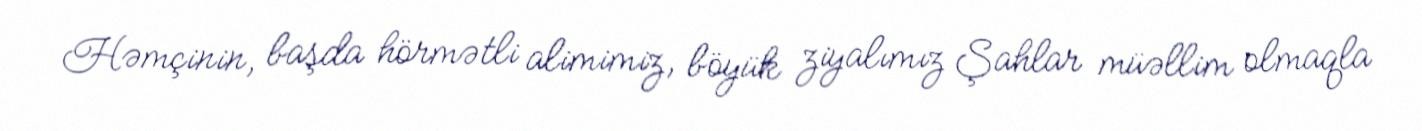
Həmçinin, başda hörmətli alimimiz, böyük ziyalımız Şahlar müəllim olmaqla